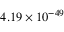
4 . 1 9 \times 1 0 ^ { - 4 9 }